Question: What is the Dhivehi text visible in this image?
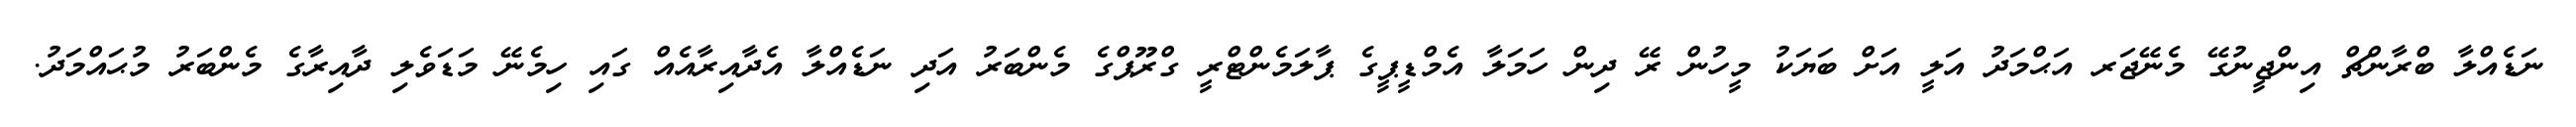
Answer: ނަޑެއްލާ ބްރާންޗް އިންޖީނުގޭ މެނޭޖަރ އަޙްމަދު އަލީ އަށް ބަޔަކު މީހުން ރޭ ދިން ހަމަލާ އެމްޑީޕީގެ ޕާލަމެންޓްރީ ގްރޫޕްގެ މެންބަރު އަދި ނަޑެއްލާ އެދާއިރާއެއް ގައި ހިމެނޭ މަޑަވެލި ދާއިރާގެ މެންބަރު މުޙައްމަދު.